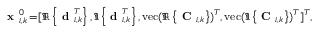
\begin{array} { r } { \textbf { x } _ { i , k } ^ { 0 } \! = \! [ \Re \left\{ \textbf { d } _ { i , k } ^ { T } \right\} , \Im \left\{ \textbf { d } _ { i , k } ^ { T } \right\} , \mathrm { v e c } ( \Re \left\{ \textbf { C } _ { i , k } \right\} ) ^ { T } , \mathrm { v e c } ( \Im \left\{ \textbf { C } _ { i , k } \right\} ) ^ { T } ] ^ { T } , } \end{array}